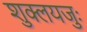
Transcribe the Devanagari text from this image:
शुक्लयजुः